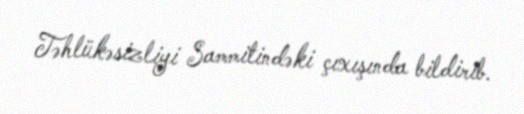
Təhlükəsizliyi Sammitindəki çıxışında bildirib.